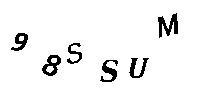
98SSUM